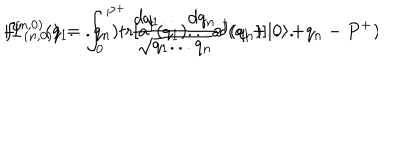
LaTeX: | \Psi _ { ( n , 0 ) } \rangle = \int _ { 0 } ^ { P ^ { + } } { \frac { d q _ { 1 } \dots d q _ { n } } { \sqrt { q _ { 1 } . . . q _ { n } } } } \delta ( q _ { 1 } + . . . + q _ { n } - P ^ { + } ) \hspace { 1 m m } f ^ { ( n , 0 ) } ( q _ { 1 } . . . q _ { n } ) \mathrm { t r } [ a ^ { \dagger } ( q _ { 1 } ) . . . a ^ { \dagger } ( q _ { n } ) ] | 0 \rangle .